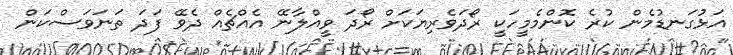
އަޅުގަނޑުމެން ކުރެ ކޮންމެމީހަކީ ރޯދަވެރިޔަކަށް ރޯދަ ވީއްލާނޭ އެއްޗެއް ދެވޭ ފަދަ ތަނަވަސްކަން